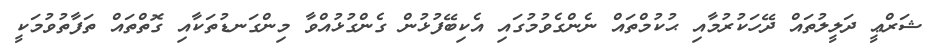
ޝަރްޢީ ދަލީލުތައް ދޭހަކުރުމާއި ޙުކުމްތައް ނެންގެވުމުގައި އެކިބޭފުޅުން ގެންގުޅުއްވާ މިންގަނޑުތަކާއި ގޮތްތައް ތަފާތުވުމަކީ